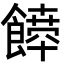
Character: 𩞴